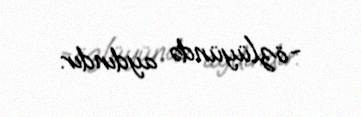
-özlüyündə aydındır.